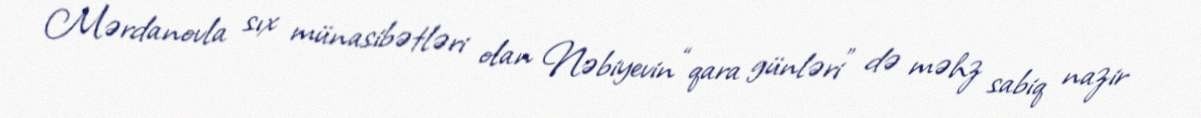
Mərdanovla sıx münasibətləri olan Nəbiyevin “qara günləri” də məhz sabiq nazir